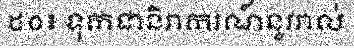
៥០៖ ទុកជានិរាករណ៍នូវរាល់